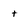
Character: t